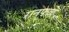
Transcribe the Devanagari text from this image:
रानफळे